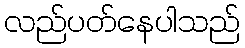
လည်ပတ်နေပါသည်